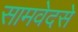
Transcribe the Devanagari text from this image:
सामवेदसे